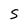
Character: S